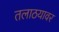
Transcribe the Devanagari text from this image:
तलाठयावर